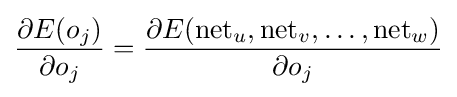
{\frac {\partial E(o_{j})}{\partial o_{j}}}={\frac {\partial E(\mathrm {net} _{u},{\text{net}}_{v},\dots ,\mathrm {net} _{w})}{\partial o_{j}}}